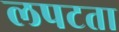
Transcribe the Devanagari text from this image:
लपटता